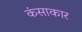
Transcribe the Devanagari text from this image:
कंसाकार